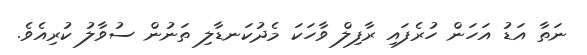
ނަތާ އަޑު އަހަން ހުރެފައި ރާފިލް ވާހަކަ މެދުކަނޑާލި ތަނުން ސުވާލު ކުރިއެވެ.